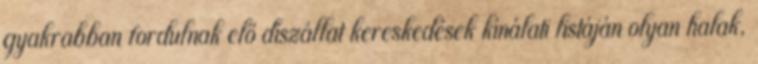
gyakrabban fordulnak elő díszállat kereskedések kínálati listáján olyan halak,